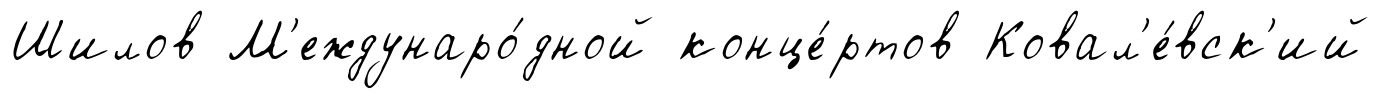
Шилов М'еждунаро́дной конце́ртов Ковал'е́вск'ий